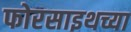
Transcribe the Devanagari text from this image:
फोरसाइथच्या